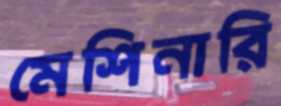
মেশিনারি